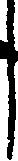
し